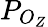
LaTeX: P_{O_{Z}}